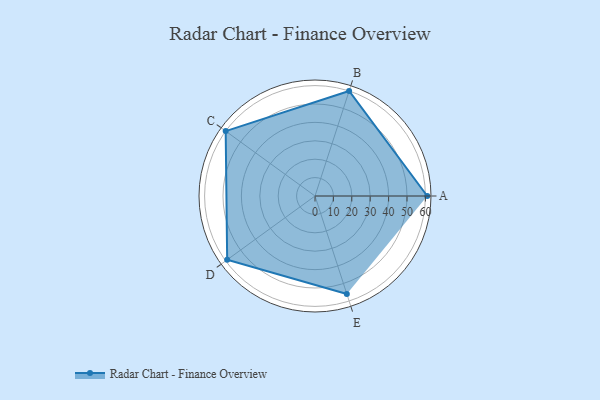
{"axis": {"x": "Skill", "y": "Score"}, "legend": ["Profile"], "data": [{"x": "A", "y": 61.0, "type": "Profile"}, {"x": "B", "y": 60.0, "type": "Profile"}, {"x": "C", "y": 60.0, "type": "Profile"}, {"x": "D", "y": 59.0, "type": "Profile"}, {"x": "E", "y": 56.0, "type": "Profile"}]}